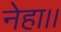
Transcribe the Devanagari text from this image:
नेहा।।